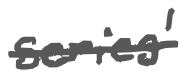
Text: series'
Cross-out: single-line
Writing tool: digital_gray